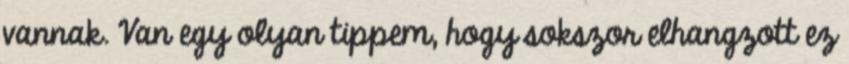
vannak. Van egy olyan tippem, hogy sokszor elhangzott ez